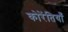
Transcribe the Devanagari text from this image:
कोरेंतियाँ